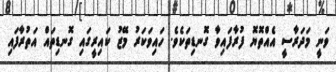
ވަނީ މަދަރާސީ އެއްތޮޔޮ ފުރާފައިވާ ގޮނޑިތަކެވެ. ހައިވަކަރު މޭޒު ކައިރީގައި ގޮނޑިތައް އަތުރާފައި